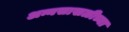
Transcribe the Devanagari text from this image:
अन्नसाखळीच्या